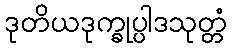
ဒုတိယဒုက္ခုပ္ပါဒသုတ္တံ